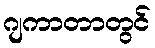
ဂျကာတာတွင်